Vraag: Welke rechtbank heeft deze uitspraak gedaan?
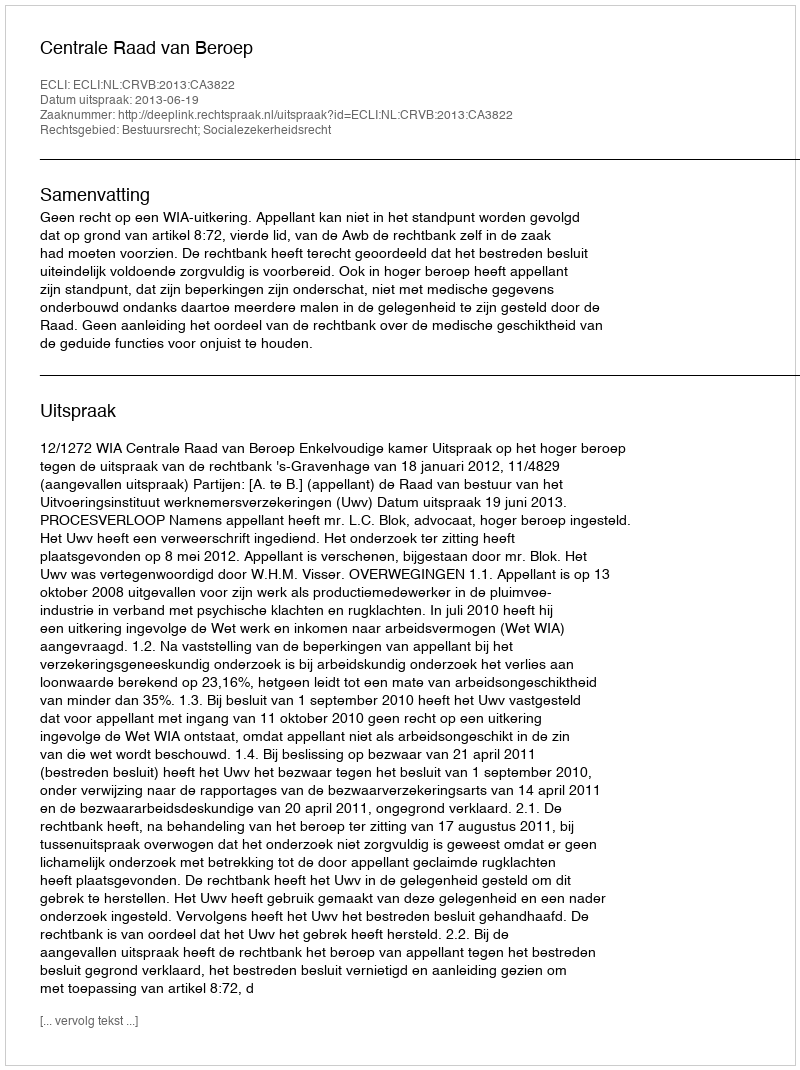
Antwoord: Centrale Raad van Beroep